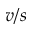
v / s